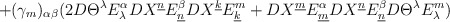
\begin{align*}+(\gamma_{m})_{\alpha\beta}(2D\Theta^{\lambda}E_{\lambda}^{\alpha}DX^{\underline{n}}E_{\underline{n}}^{\beta}DX^{\underline{k}}E_{\underline{k}}^{m}+DX^{\underline{m}}E_{\underline{m}}^{\alpha}DX^{\underline{n}}E_{\underline{n}}^{\beta}D\Theta^{\lambda}E_{\lambda}^{m})\end{align*}